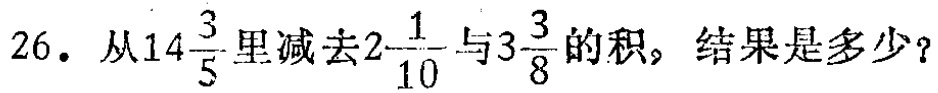
26. 从\(14\frac{3}{5}\)里减去\(2\frac{1}{10}\)与\(3\frac{3}{8}\)的积，结果是多少？